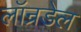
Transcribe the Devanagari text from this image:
लॉन्रडेल